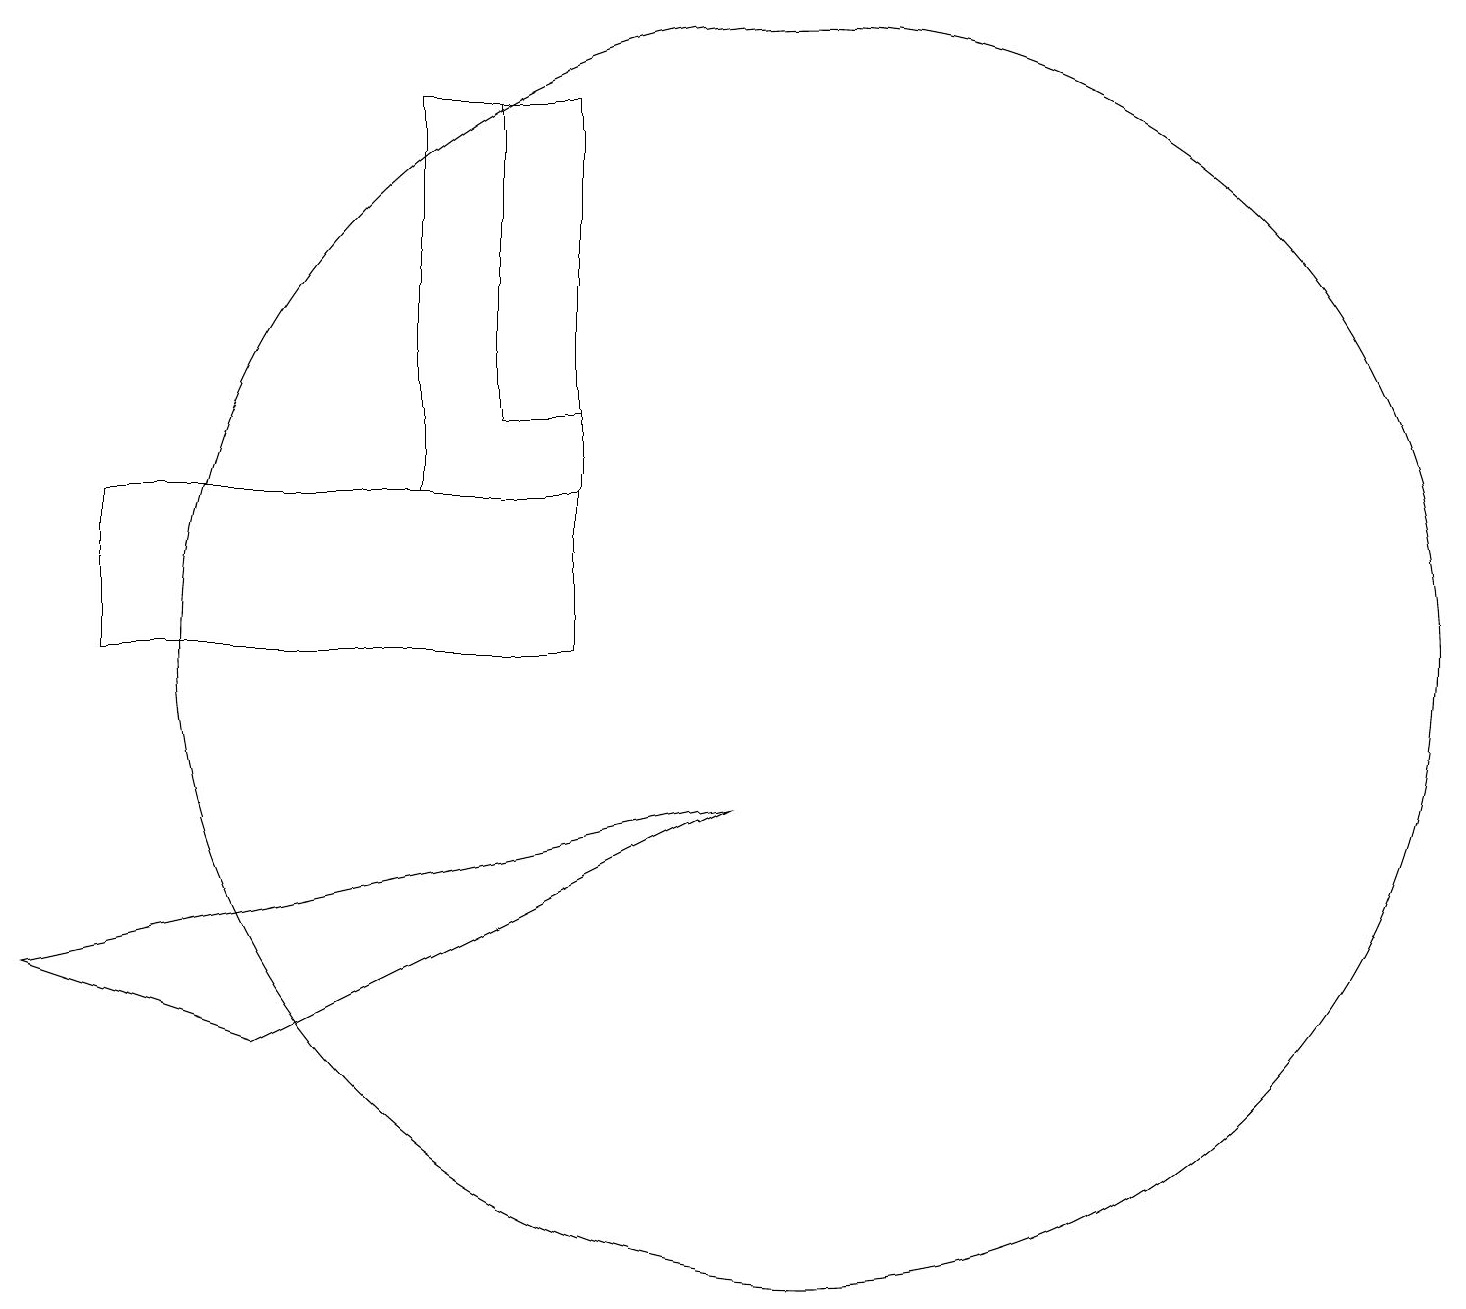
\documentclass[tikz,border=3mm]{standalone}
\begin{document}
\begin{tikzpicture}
\draw (6,17) rectangle (7,13);
\draw (10,10) circle (8);
\draw (7,12) rectangle (1,10);
\draw (5,17) rectangle (7,12);
\draw (0,6) -- (9,8) -- (3,5) -- cycle;
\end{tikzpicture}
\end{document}